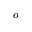
o